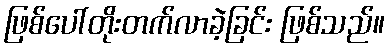
ဖြစ်ပေါ်တိုးတက်လာခဲ့ခြင်း ဖြစ်သည်။